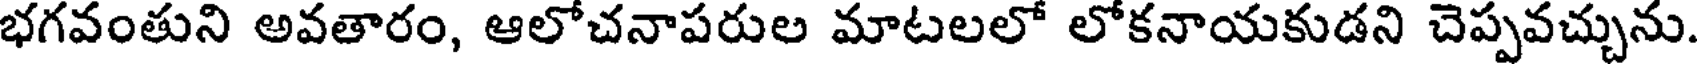
భగవంతుని అవతారం, ఆలోచనాపరుల మాటలలో లోకనాయకుడని చెప్పవచ్చును.